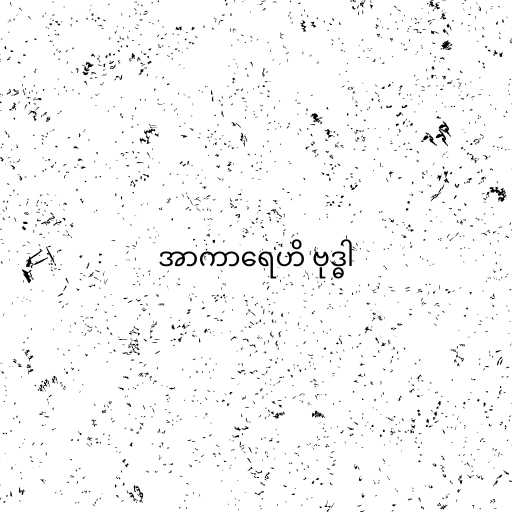
အာကာရေဟိ ဗုဒ္ဓါ